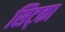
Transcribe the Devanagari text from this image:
सिट्का